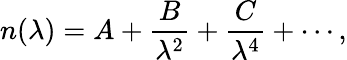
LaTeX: n(\lambda)=A+{\frac{B}{\lambda^{2}}}+{\frac{C}{\lambda^{4}}}+\cdots,